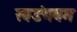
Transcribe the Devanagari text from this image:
खडंगबम